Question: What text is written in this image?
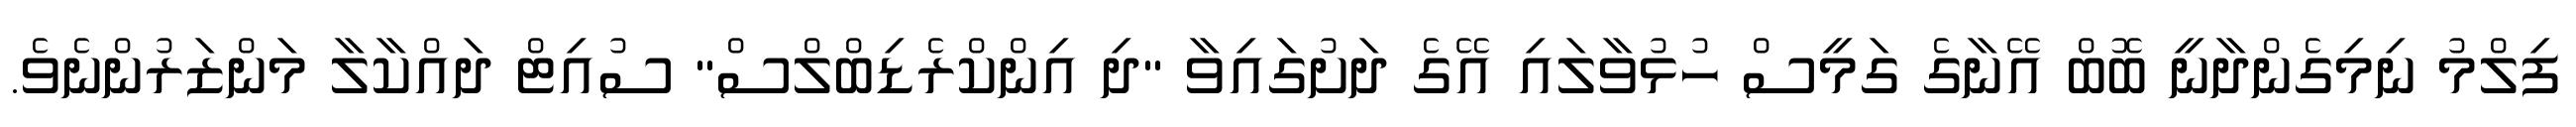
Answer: ފިލްމު ނިމިގެންދާނީ ބޮބް އޭނާގެ ގަމީސް ހުޅުވާލައި އޭގެ ދަށުގައިވާ "ދި އިންކްރެޑިބްލްސް" ސުއިޓް ދައްކާލާ މަންޒަރުންނެވެ.